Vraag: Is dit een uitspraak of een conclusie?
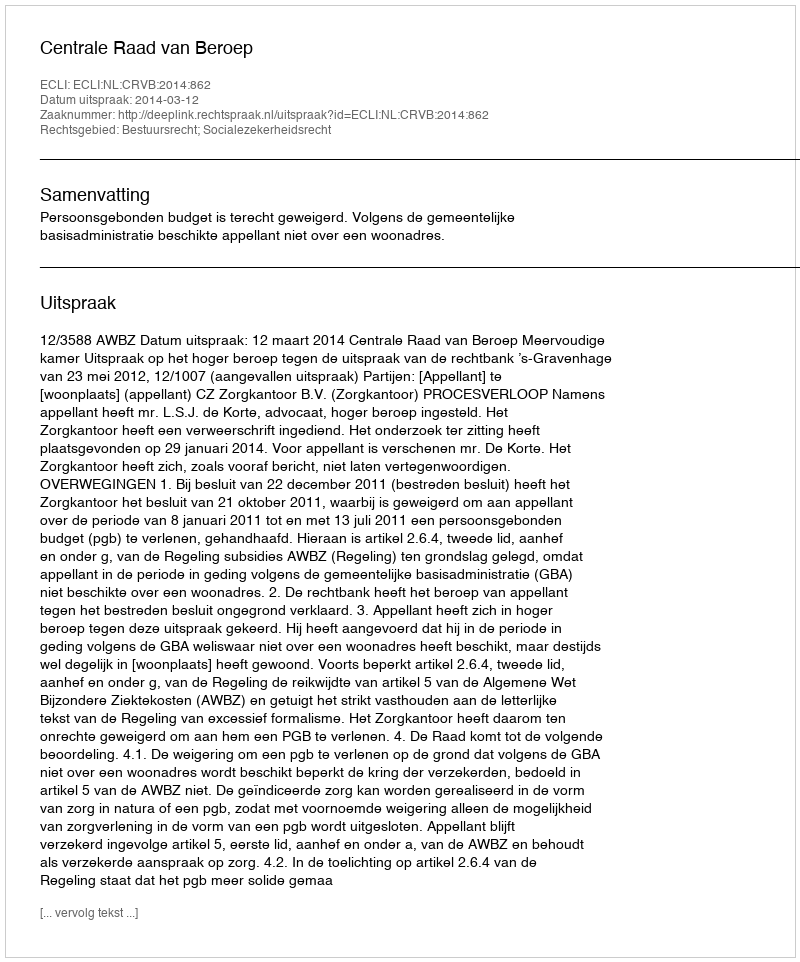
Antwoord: Uitspraak